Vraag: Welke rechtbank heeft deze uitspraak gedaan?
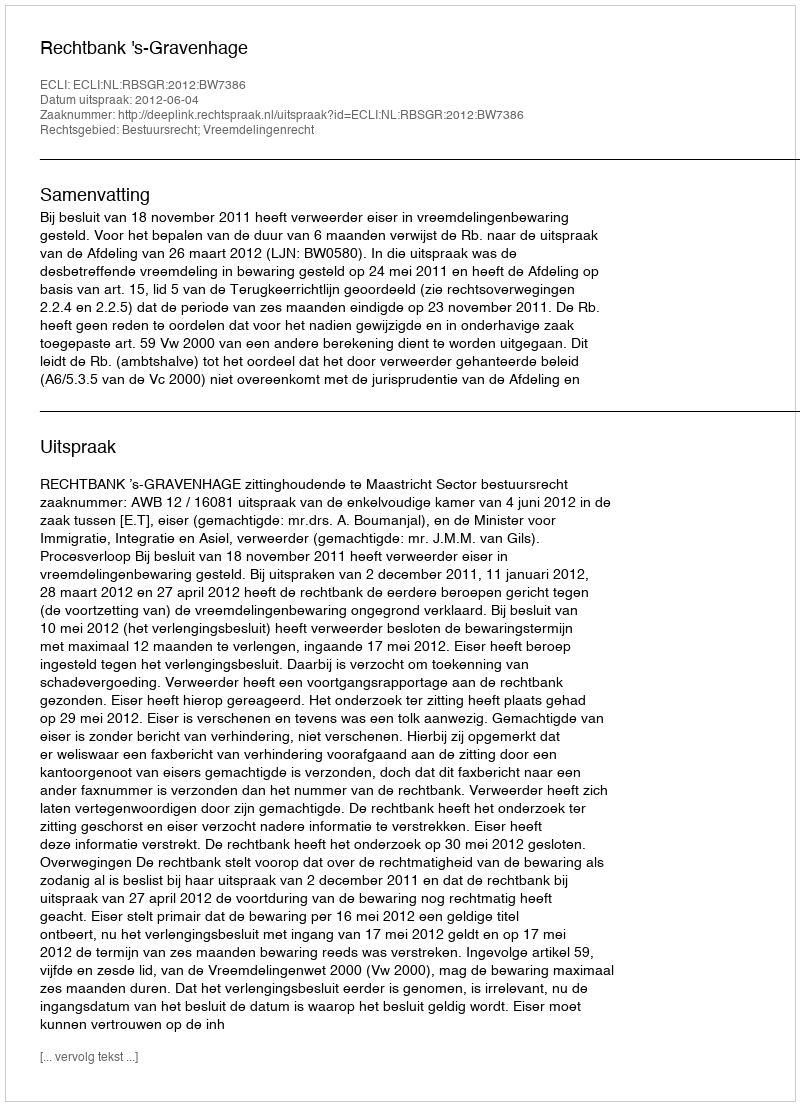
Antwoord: Rechtbank 's-Gravenhage